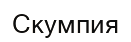
Скумпия